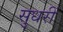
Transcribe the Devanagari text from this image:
सुधरीं